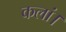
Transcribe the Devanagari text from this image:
कलां।